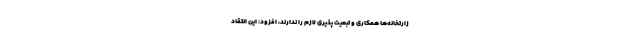
زارتخانه‌ها همکاری و تبعیت پذیری لازم را ندارند، افزود: این انتقاد